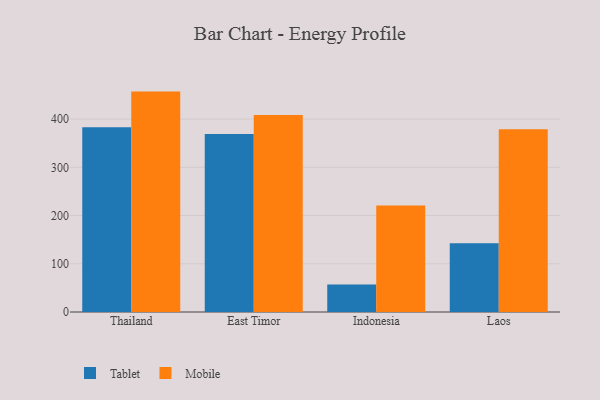
{"axis": {"x": "Country", "y": "Gross Profit (USD K)"}, "legend": ["Mobile", "Tablet"], "data": [{"x": "Thailand", "y": 383.1, "type": "Tablet"}, {"x": "Thailand", "y": 457.0, "type": "Mobile"}, {"x": "East Timor", "y": 369.3, "type": "Tablet"}, {"x": "East Timor", "y": 408.6, "type": "Mobile"}, {"x": "Indonesia", "y": 57.2, "type": "Tablet"}, {"x": "Indonesia", "y": 220.9, "type": "Mobile"}, {"x": "Laos", "y": 142.4, "type": "Tablet"}, {"x": "Laos", "y": 378.9, "type": "Mobile"}]}